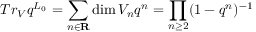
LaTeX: T r _ { V } q ^ { L _ { 0 } } = \sum _ { n \in \mathbf { R } } \dim V _ { n } q ^ { n } = \prod _ { n \geq 2 } ( 1 - q ^ { n } ) ^ { - 1 }